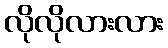
လိုလိုလားလား